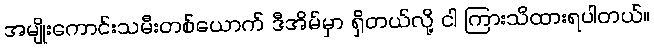
အမျိုးကောင်းသမီးတစ်ယောက် ဒီအိမ်မှာ ရှိတယ်လို့ ငါ ကြားသိထားရပါတယ်။